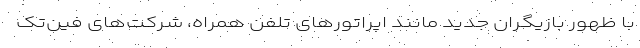
با ظهور بازیگران جدید مانند اپراتورهای تلفن همراه، شرکت‌های فین‌تک